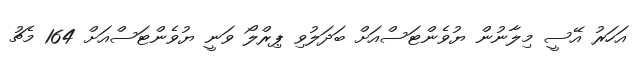
އަހަރު އޭސީ މިލާނުން ޔުވެންޓަސްއަށް ބަދަލުވި ޕިރްލޯ ވަނީ ޔުވެންޓަސްއަށް 164 މެޗު